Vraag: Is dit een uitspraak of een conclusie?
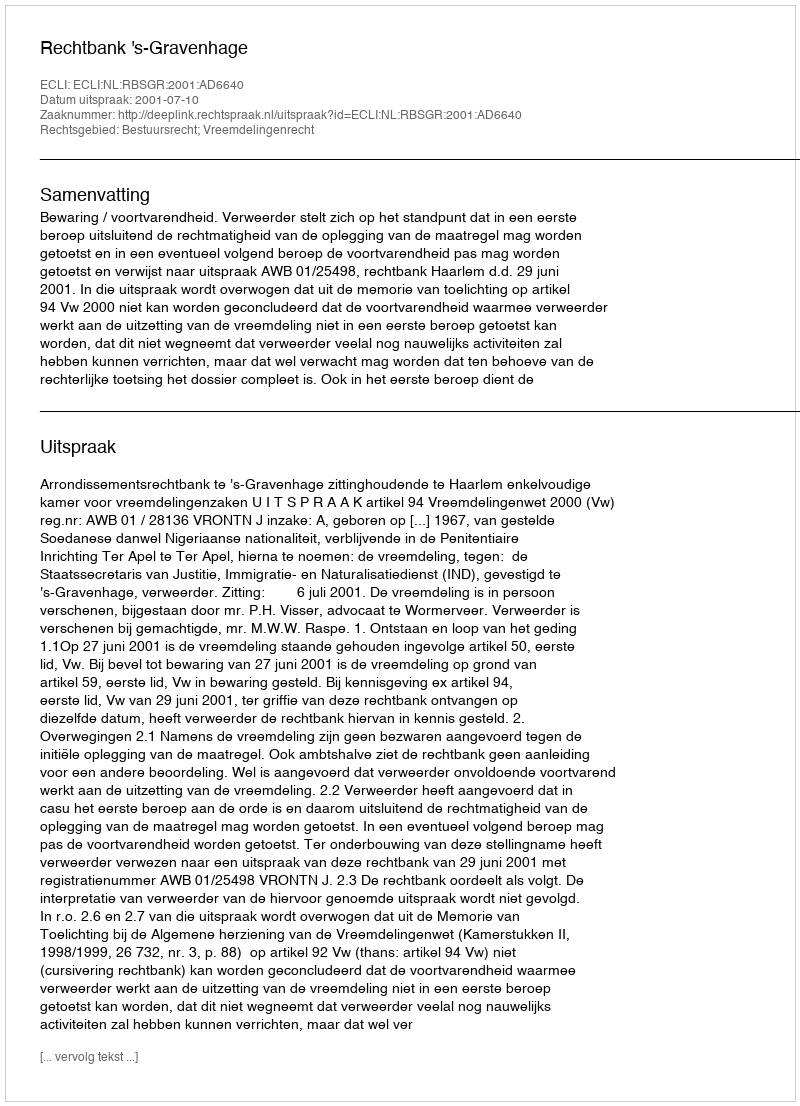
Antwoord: Uitspraak